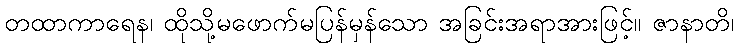
တထာကာရေန၊ ထိုသို့မဖောက်မပြန်မှန်သော အခြင်းအရာအားဖြင့်။ ဇာနာတိ၊